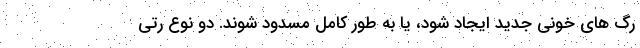
رگ های خونی جدید ایجاد شود، یا به طور کامل مسدود شوند. دو نوع رتی